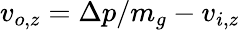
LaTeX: v_{o,z}=\Delta p/m_{g}-v_{i,z}